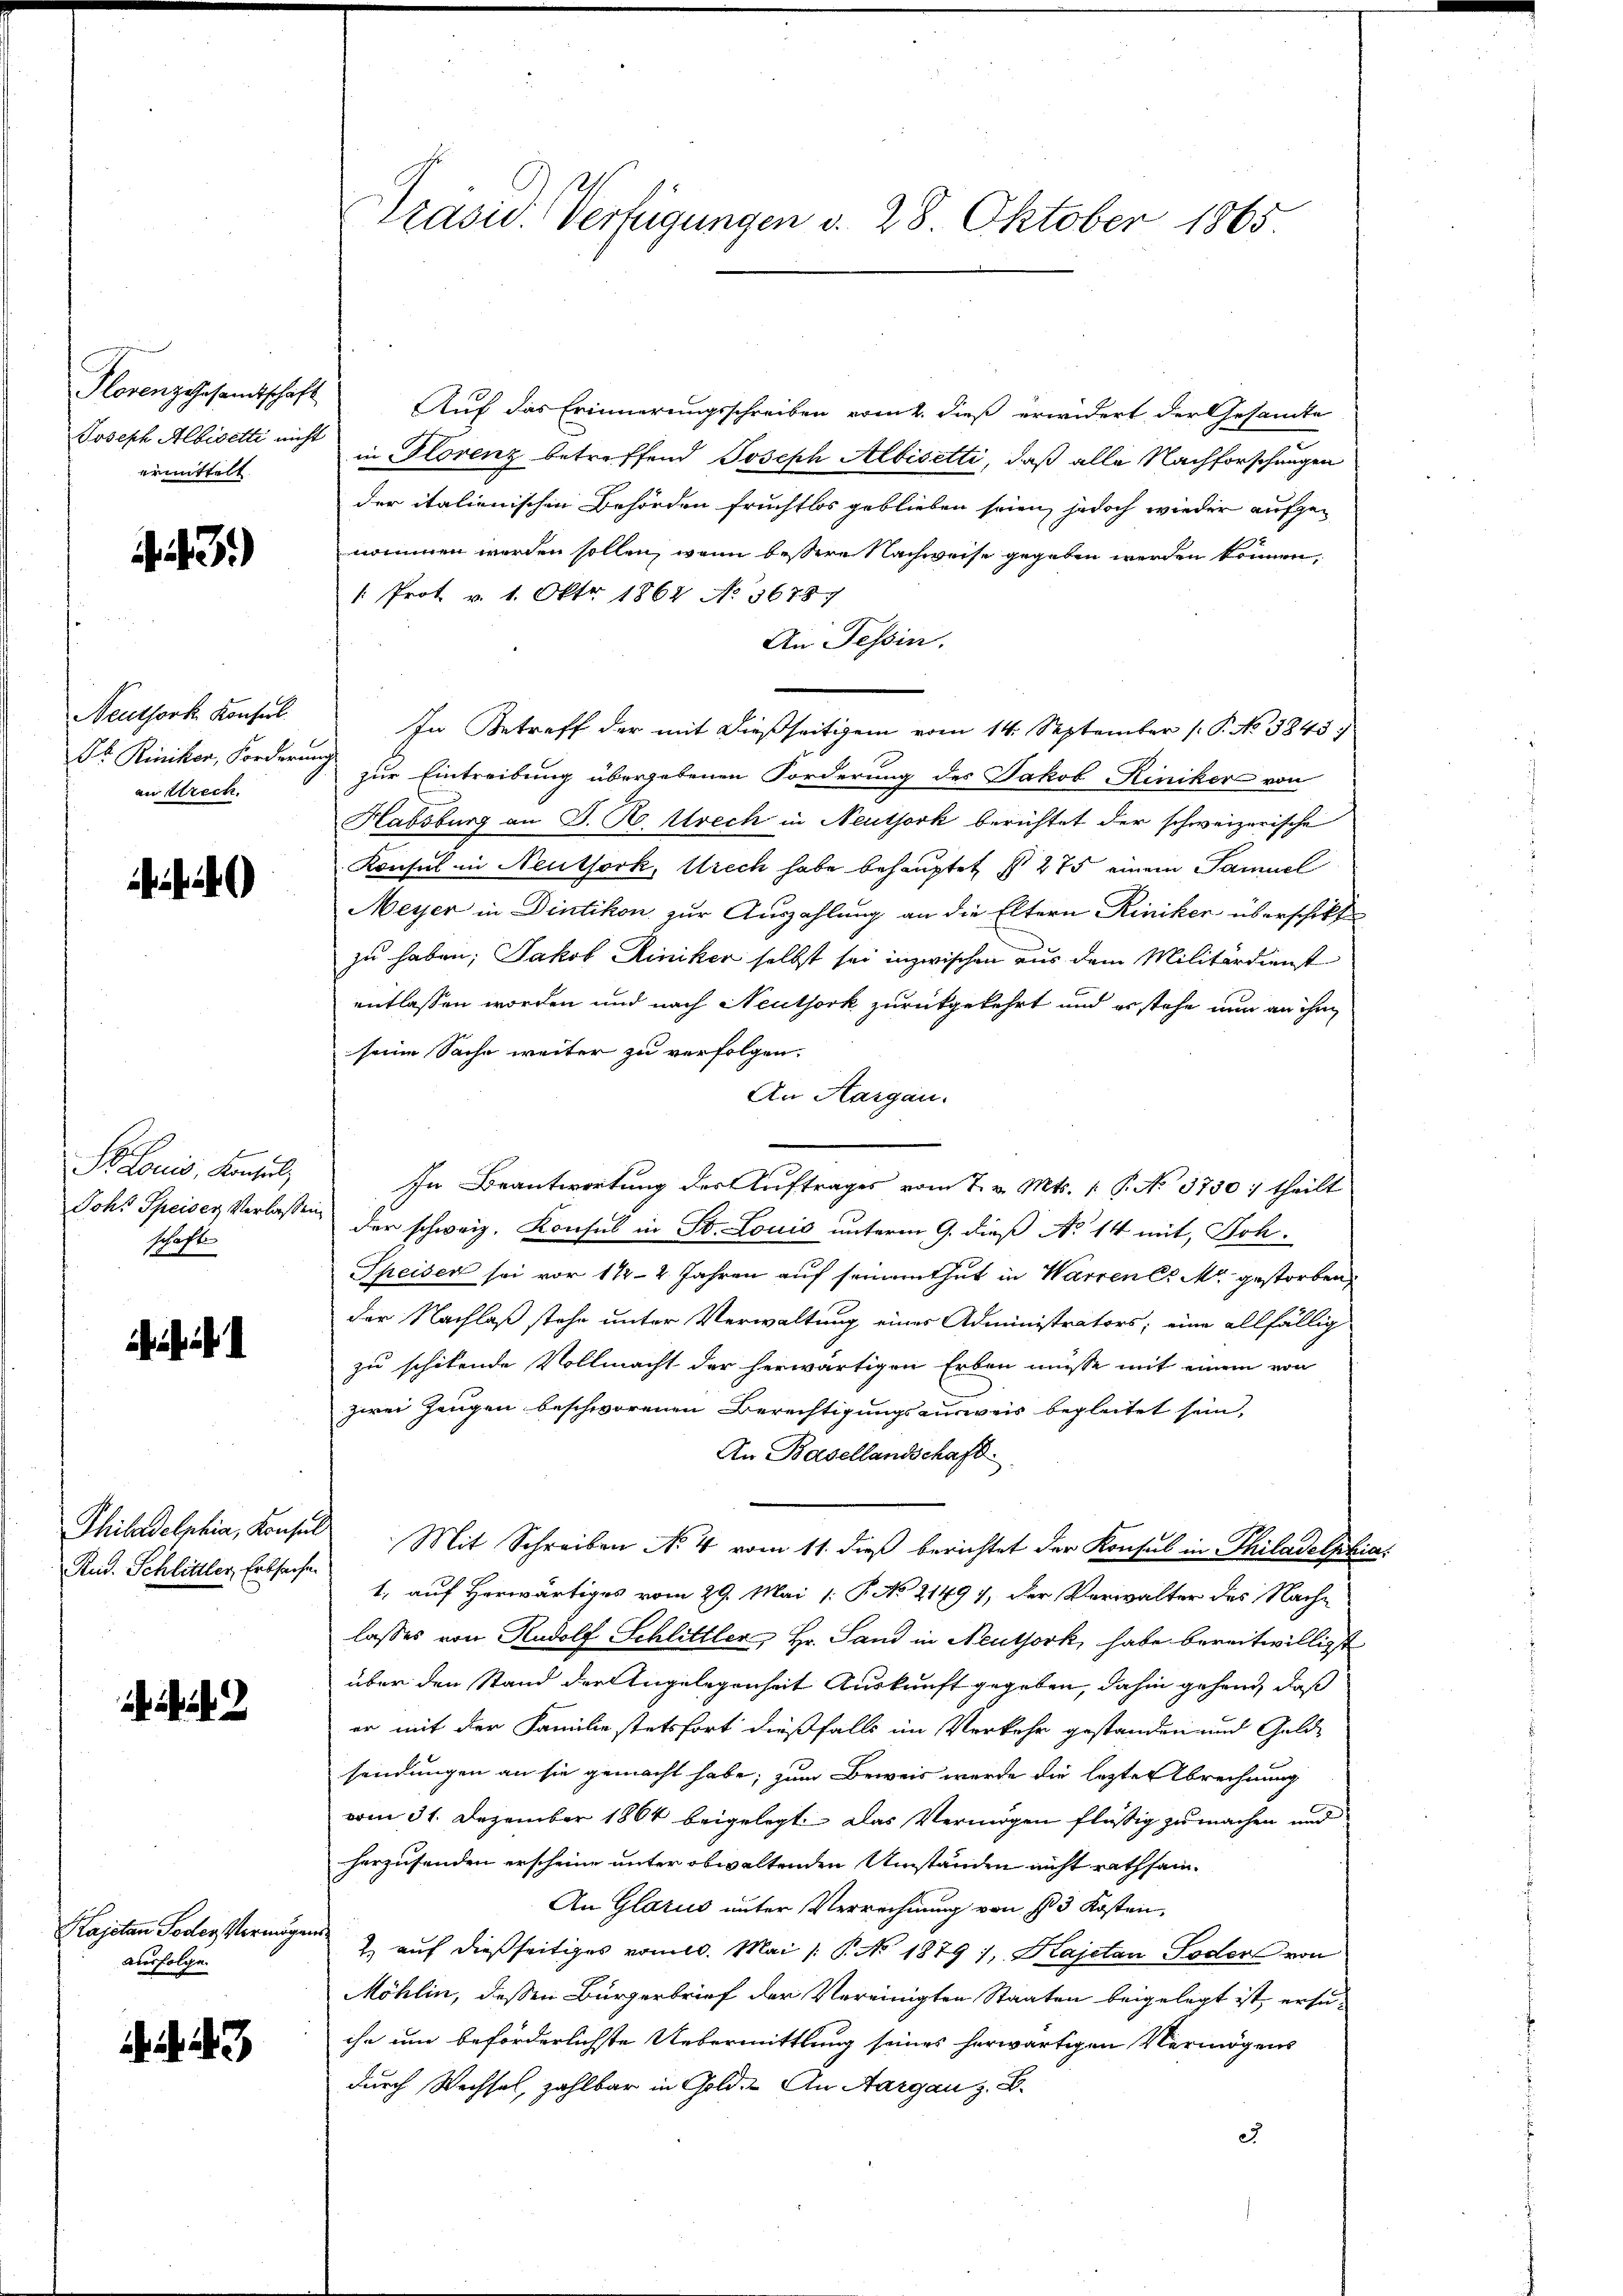
Plorenz gesandtschaft
ermittelt.

43.)

Neuthork Konserl.
an Strech

)

Sr Louis, Konsul,
schafte

Rud. Schlittler, Erbsachen

Kajetan oder Vermöge.
ausfolge.

3

Auf das Erinnerungsschreiben vom 2. dieß erwidert der Gesandte
Joseph Albisetti nicht in Florenz betreffend Joseph Albisetti, daß alle Nachforschungen
der italienischen Behörden fruchtlos geblieben seien, jedoch wieder aufgeommmen werden sollen, wenn bessere Nachweise gegeben werden können,
1. Prot v. 1. Okt. 1864 No 36787
An Tessin.
In Betreff der mit dießseitigem vom 14. September 1. P. No 3845.
Jb. Riniker, Forderung zur Eintreibung übergebenen Forderung des Jakob Riniker von
Habsburg an J. R. Strech in Neuthork berichtet der schweizerische
Konsul in Neuthork, Urech habe behauptet § 275 einem Samuel
Meyer in Dintikon zur Auszahlung an die Eltern Riniker überschikt
zu haben; Jakob Riniker selbst sei inzwischen aus dem Militärdienst
entlassen worden und nach Neuthork zurückgekehrt und er stehe nun an ihm
seine Sache weiter zu verfolgen.
An Aargau.
In Beantwortung des Auftrages vom 7. v. Mts. 1. P. No 3750; theilt
Johs. Speiser Verlassen der schweiz. Konsul in St. Louis unterm 9. dieß No 14 mit, Joh.
Speisen sei vor 112-2 Jahren auf seinem thut in Warren C. M. gestorben
der Nachlaß stehe unter Verwaltung einer Administrators; eine allfällig
zu schikende Vollmacht der herwärtigen Erben müsse mit einem von
zwei Zeugen beschworenen Berechtigungsausweis begleitet sein,
An Basellandschaft
Philadelphia, Konsul Mit Schreiben No 4 vom 11. dieß berichtet der Konsul in Thiladelphia
1. auf Herwärtiges vom 29. Mai /: P. No 2149), der Verwalter des Nach-
lasses von Rudolf Schlittler Hr. Sand in Neuthork, habe bereitwilligst
über den Stand der Angelegenheit Auskunft gegeben, dahin gehend, daß
er mit der Familie stetsfort dießfalls im Verkehr gestanden und Gold-
sendungen an sie gemacht habe; zum Beweis werde die lezte Abrechnung
vom 31. Dezember 1864 beigelegt. Das Vermögen flüssig zu machen und
herzusenden erscheine unter obwaltenden Umständen nicht rathsam¬
An Glarus unter Verrechnung von § 3 Kosten,
verh
2 auf dießseitiges vom 10. Mai / P. No 1879 /, Kajetan Todor von
Möhlin, dessen Bürgerbrief der Vereinigten Staaten beigelegt ist, ersuihn um beförderlichste Uebermittlung seines herwärtigen Vermögens
durch Wechsel, zahlbar in Gold. An Aargau z. B.
2

Präsid. Verfügungen d. 28. Oktober 1865

2